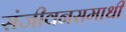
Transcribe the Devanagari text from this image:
संजीवनसमाधी